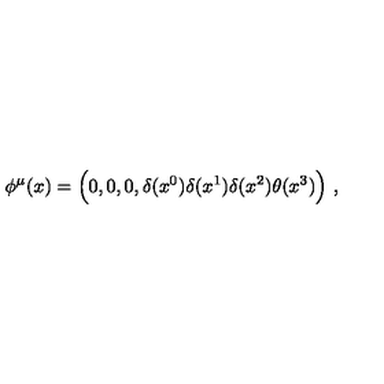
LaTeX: \phi ^ { \mu } ( x ) = \Bigl ( 0 , 0 , 0 , \delta ( x ^ { 0 } ) \delta ( x ^ { 1 } ) \delta ( x ^ { 2 } ) \theta ( x ^ { 3 } ) \Bigr ) \ ,